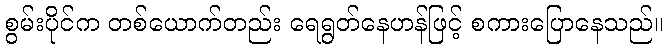
စွမ်းပိုင်က တစ်ယောက်တည်း ရေရွတ်နေဟန်ဖြင့် စကားပြောနေသည်။